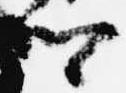
卿